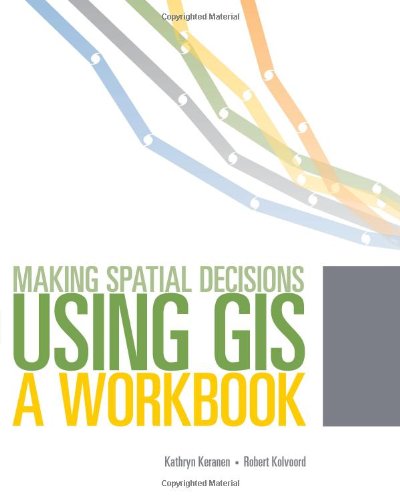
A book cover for Making Spatial Decisions Using GIS: A Workbook, Second Edition; Kathryn Keranen; Engineering & Transportation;